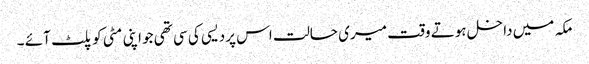
مکہ میں داخل ہوتے وقت میری حالت اس پردیسی کی سی تھی جو اپنی مٹی کوپلٹ آئے ۔